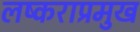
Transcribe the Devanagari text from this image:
लष्कराप्रमुख